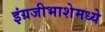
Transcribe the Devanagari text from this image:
इंग्रजीभाशेमध्ये